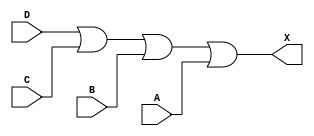
module sky130_fd_sc_hd__or4 (
    X,
    A,
    B,
    C,
    D
);

    // Module ports
    output X;
    input  A;
    input  B;
    input  C;
    input  D;

    // Local signals
    wire or0_out_X;

    //  Name  Output     Other arguments
    or  or0  (or0_out_X, D, C, B, A     );
    buf buf0 (X        , or0_out_X      );

endmodule